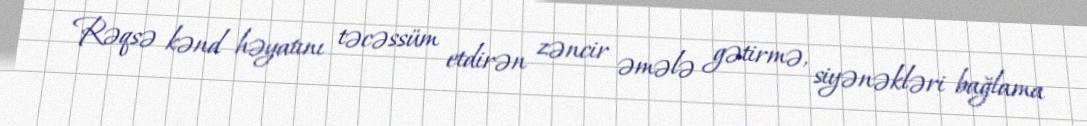
Rəqsə kənd həyatını təcəssüm etdirən zəncir əmələ gətirmə, siyənəkləri bağlama